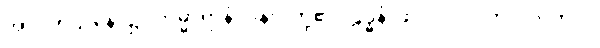
အာဂတဌာနေ၊ ၌။ ကမ္မာရာနံ၊ ပန်းပဲတို့၏။ ဠဒ္ဓနံ၊ ဖိုလ်ဝ်။ ဝံ၊ တင်းကုတ်ဝ်။